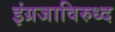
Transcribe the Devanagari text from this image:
इंग्रजाविरुध्द